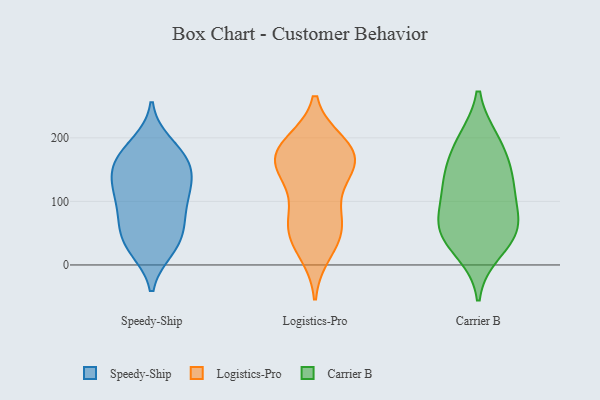
{"axis": {"x": "LTV (USD)", "y": "Value"}, "legend": ["Carrier B", "Logistics-Pro", "Speedy-Ship"], "data": [{"x": "", "y": 61, "type": "Speedy-Ship"}, {"x": "", "y": 179, "type": "Speedy-Ship"}, {"x": "", "y": 150, "type": "Speedy-Ship"}, {"x": "", "y": 71, "type": "Speedy-Ship"}, {"x": "", "y": 149, "type": "Speedy-Ship"}, {"x": "", "y": 47, "type": "Speedy-Ship"}, {"x": "", "y": 110, "type": "Speedy-Ship"}, {"x": "", "y": 126, "type": "Speedy-Ship"}, {"x": "", "y": 24, "type": "Speedy-Ship"}, {"x": "", "y": 124, "type": "Speedy-Ship"}, {"x": "", "y": 68, "type": "Speedy-Ship"}, {"x": "", "y": 161, "type": "Speedy-Ship"}, {"x": "", "y": 107, "type": "Speedy-Ship"}, {"x": "", "y": 25, "type": "Speedy-Ship"}, {"x": "", "y": 29, "type": "Speedy-Ship"}, {"x": "", "y": 99, "type": "Speedy-Ship"}, {"x": "", "y": 152, "type": "Speedy-Ship"}, {"x": "", "y": 191, "type": "Speedy-Ship"}, {"x": "", "y": 178, "type": "Speedy-Ship"}, {"x": "", "y": 180, "type": "Logistics-Pro"}, {"x": "", "y": 183, "type": "Logistics-Pro"}, {"x": "", "y": 89, "type": "Logistics-Pro"}, {"x": "", "y": 64, "type": "Logistics-Pro"}, {"x": "", "y": 191, "type": "Logistics-Pro"}, {"x": "", "y": 37, "type": "Logistics-Pro"}, {"x": "", "y": 61, "type": "Logistics-Pro"}, {"x": "", "y": 187, "type": "Logistics-Pro"}, {"x": "", "y": 154, "type": "Logistics-Pro"}, {"x": "", "y": 20, "type": "Logistics-Pro"}, {"x": "", "y": 157, "type": "Logistics-Pro"}, {"x": "", "y": 160, "type": "Logistics-Pro"}, {"x": "", "y": 127, "type": "Logistics-Pro"}, {"x": "", "y": 157, "type": "Logistics-Pro"}, {"x": "", "y": 57, "type": "Logistics-Pro"}, {"x": "", "y": 192, "type": "Carrier B"}, {"x": "", "y": 63, "type": "Carrier B"}, {"x": "", "y": 195, "type": "Carrier B"}, {"x": "", "y": 146, "type": "Carrier B"}, {"x": "", "y": 22, "type": "Carrier B"}, {"x": "", "y": 144, "type": "Carrier B"}, {"x": "", "y": 52, "type": "Carrier B"}, {"x": "", "y": 120, "type": "Carrier B"}, {"x": "", "y": 108, "type": "Carrier B"}, {"x": "", "y": 51, "type": "Carrier B"}, {"x": "", "y": 64, "type": "Carrier B"}]}